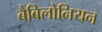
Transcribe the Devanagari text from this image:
बैबिलोनियन